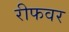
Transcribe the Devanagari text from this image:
रीफवर